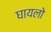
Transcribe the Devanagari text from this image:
घायलो